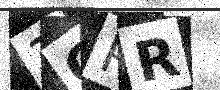
Text: 3CRR